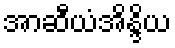
အာဆီယံအိန္ဒိယ